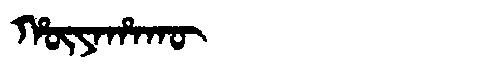
Manchu: ᡥᡡᠶᠠᡥᠠᡴᡡ
Romanization: HŪYAHAKŪ